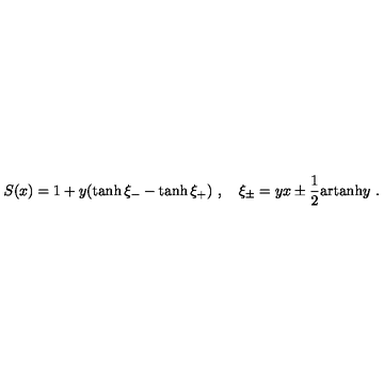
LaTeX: S ( x ) = 1 + y ( \tanh \xi _ { - } - \tanh \xi _ { + } ) \ , \quad \xi _ { \pm } = y x \pm \frac { 1 } { 2 } \mathrm { a r t a n h } y \ .